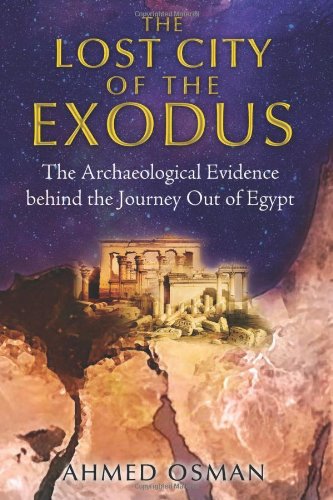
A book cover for The Lost City of the Exodus: The Archaeological Evidence behind the Journey Out of Egypt; Ahmed Osman; History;